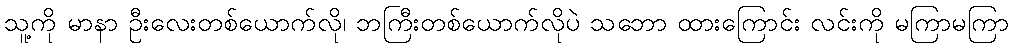
သူ့ကို မာနာ ဦးလေးတစ်ယောက်လို၊ ဘကြီးတစ်ယောက်လိုပဲ သဘော ထားကြောင်း လင်းကို မကြာမကြာ